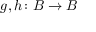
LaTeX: g , h \colon B \to B